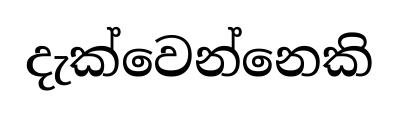
දැක්වෙන්නෙකි